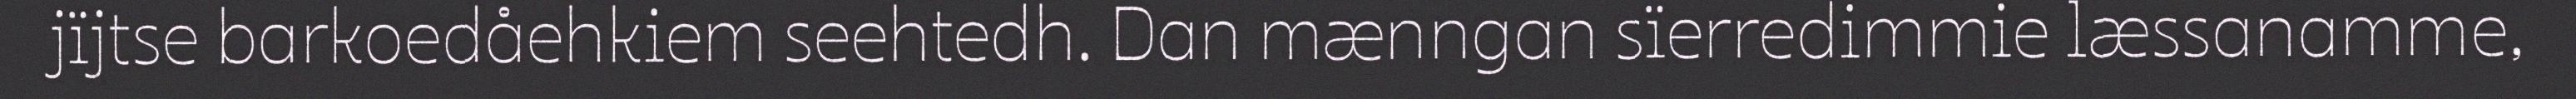
jïjtse barkoedåehkiem seehtedh. Dan mænngan sïerredimmie læssanamme,